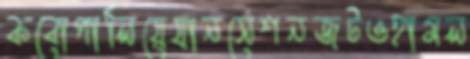
কবোপালিয়েযানসেশনজটওহামল